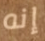
إنه